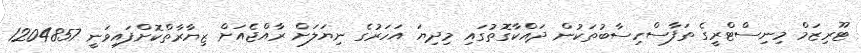
ޓޫރިޒަމް މިނިސްޓްރީގެ ތަފާސްހިސާބުތަކުން ދައްކާގޮތުގައި މިދިޔަ އަހަރުގެ ނިޔަލަށް ރާއްޖެއަށް ޒިޔާރާތްކޮށްފައިވަނީ 1204857